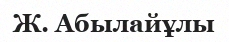
Ж. Абылайұлы